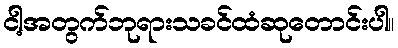
ငါ့အတွက်ဘုရားသခင်ထံဆုတောင်းပါ။